Annual administration and progress report of the Indian Medical Department, Bombay
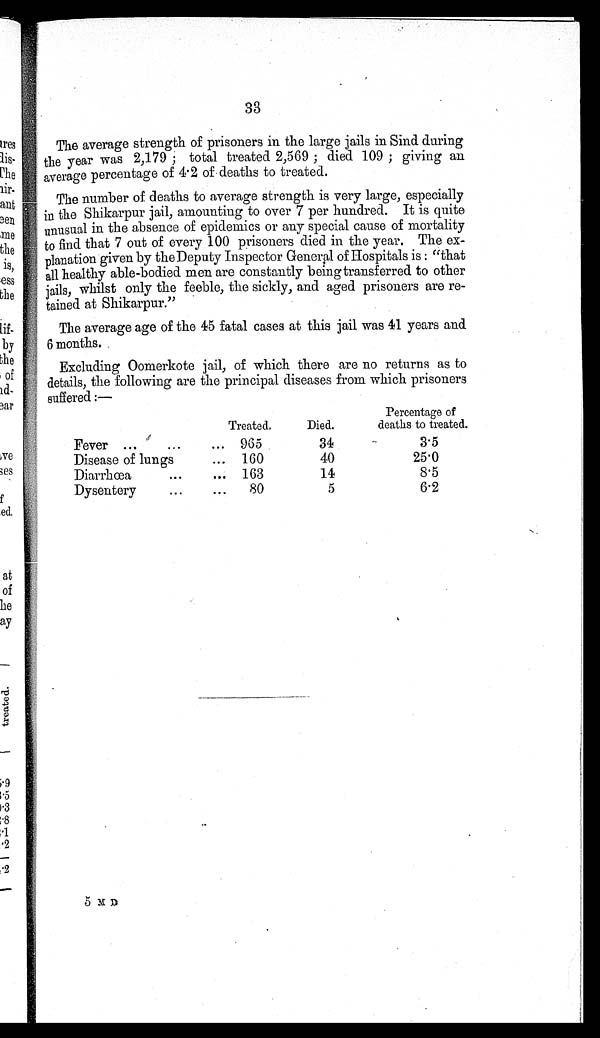
33
The average strength of prisoners in the large jails in Sind during
the year was 2,179 ; total treated 2,569 ; died 109 ; giving an
average percentage of 4 . 2 of deaths to treated.
The number of deaths to average strength is very large, especially
in the Shikarpur jail, amounting to over 7 per hundred. It is quite
unusual in the absence of epidemics or any special cause of mortality
to find that 7 out of every 100 prisoners died in the year. The ex-
planation given by the Deputy Inspector General of Hospitals is : "that
all healthy able-bodied men are constantly being transferred to other
jails, whilst only the feeble, the sickly, and aged prisoners are re-
tained at Shikarpur."
The average age of the 45 fatal cases at this jail was 41 years and
6 months.
Excluding Oomerkote jail, of which there are no returns as to
details, the following are the principal diseases from which prisoners
suffered :—
Treated.
Died.
Percentage of
deaths to treated.
Fever ...
...
... 965
34
3.5
Disease of lungs
... 160
40
25.0
Diarrhœa
...
... 163
14
8.5
Dysentery
...
...
80
5
6.2